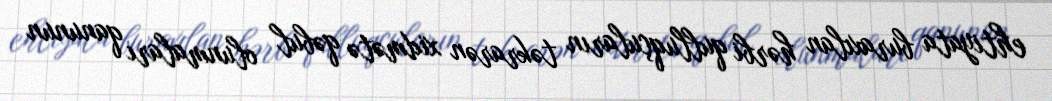
ehtiyata buraxılan hərbi qulluqçuların təkrarən xidmətə qəbul olunmaları qanunun